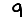
Digit: 9